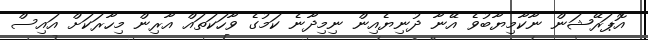
އޮޕަރޭޝަން ނާކާމިޔާބުވެ އޭނާ ދުނިޔެއިން ނިމިދާނެ ކަމުގެ ވާހަކަތައް އާރިން މިހާރަކަށް އައިސް